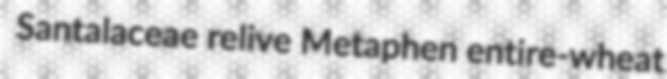
Santalaceae relive Metaphen entire-wheat